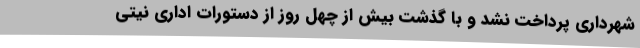
شهرداری پرداخت نشد و با گذشت بیش از چهل روز از دستورات اداری نیتی